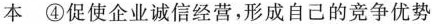
本 ④促使企业诚信经营，形成自己的竞争优势